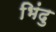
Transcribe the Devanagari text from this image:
भिंदु